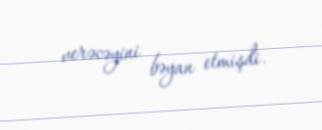
verəcəyini bəyan etmişdi.